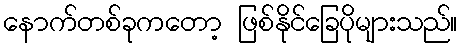
နောက်တစ်ခုကတော့ ဖြစ်နိုင်ခြေပိုများသည်။